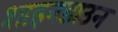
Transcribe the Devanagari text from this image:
शाइनडाउन